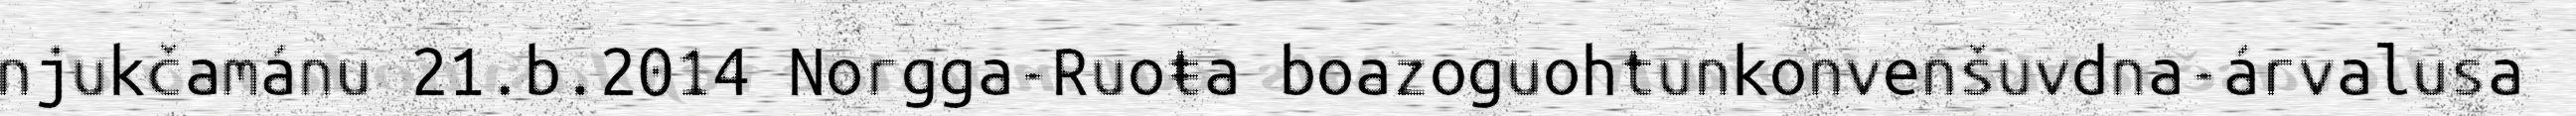
njukčamánu 21.b.2014 Norgga-Ruoŧa boazoguohtunkonvenšuvdna-árvalusa